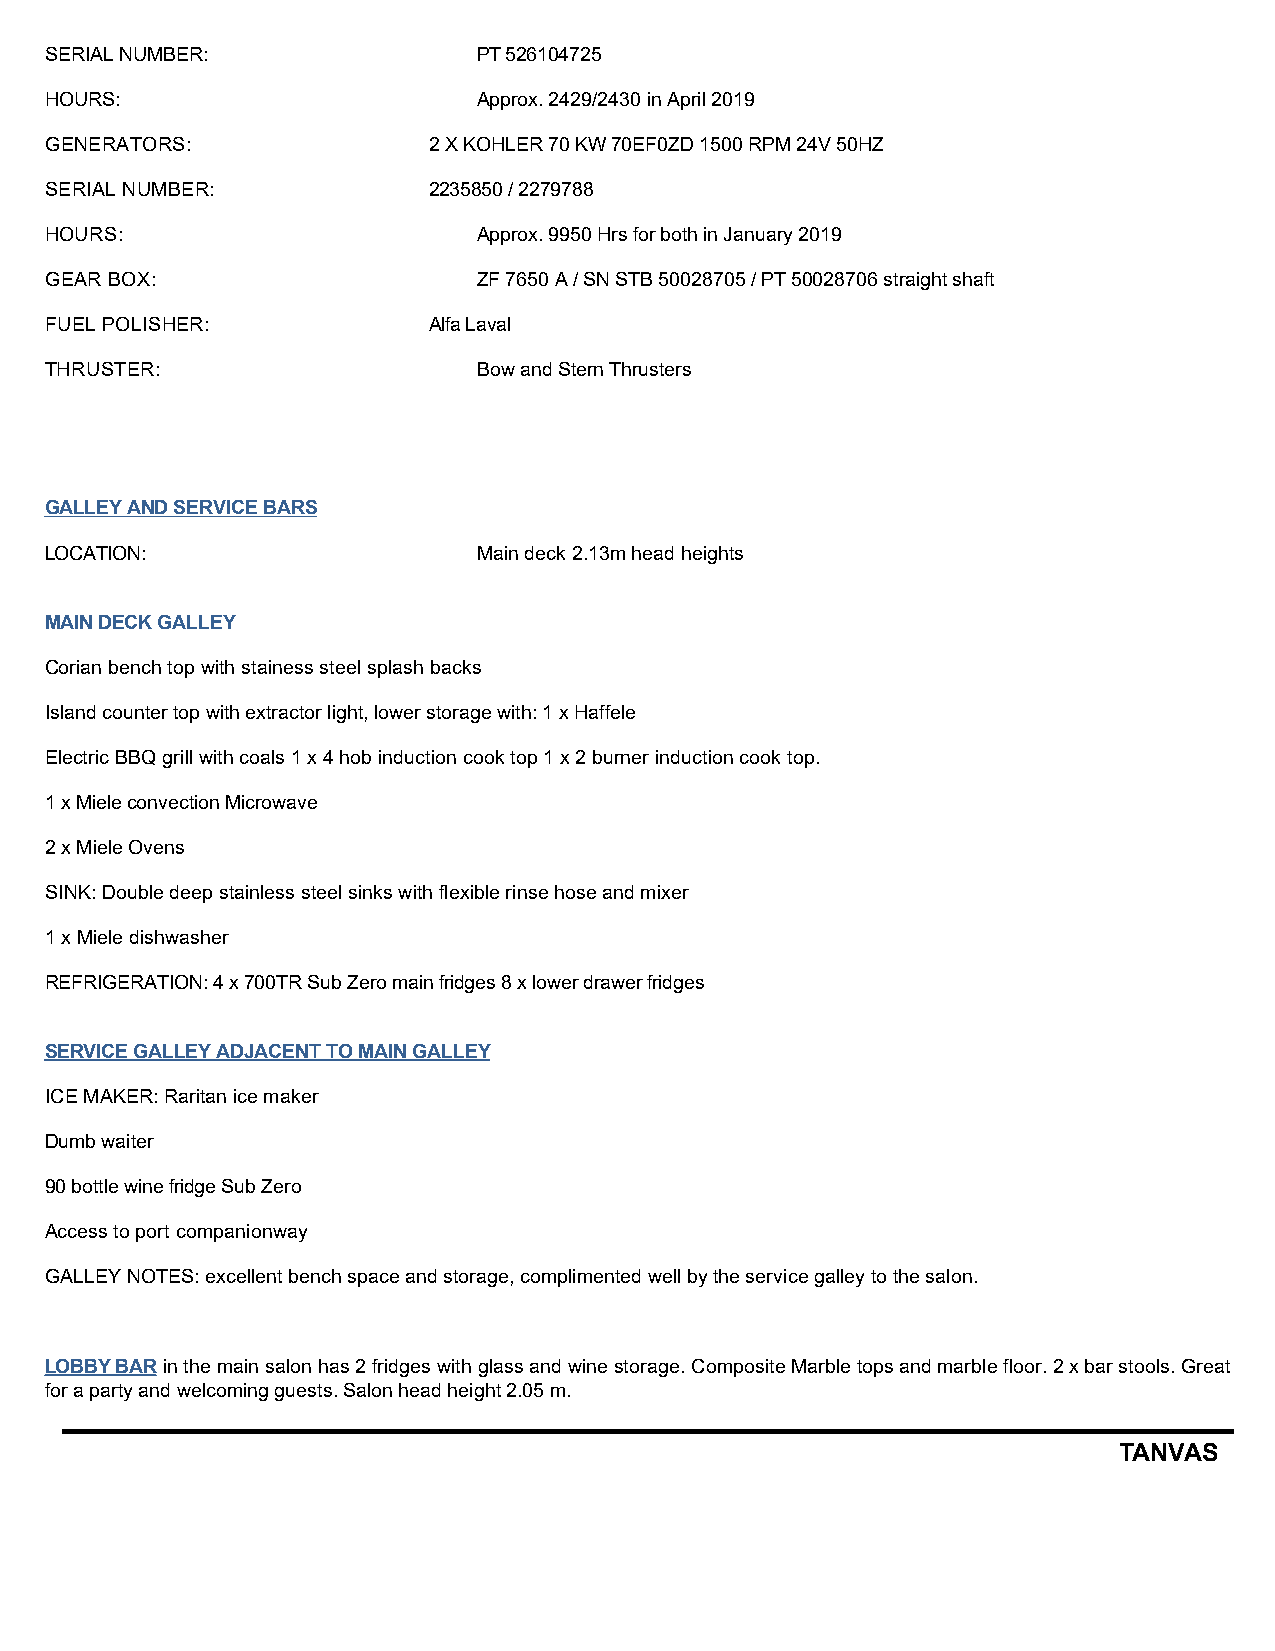
SERIAL NUMBER:               PT 526104725
 HOURS:                       Approx. 2429/2430 in April 2019
 GENERATORS:              2 X KOHLER 70 KW 70EF0ZD 1500 RPM 24V 50HZ
 SERIAL NUMBER:           2235850 / 2279788
 HOURS:                       Approx. 9950 Hrs for both in January 2019
 GEAR BOX:                    ZF 7650 A / SN STB 50028705 / PT 50028706 straight shaft
 FUEL POLISHER:           Alfa Laval
 THRUSTER:                    Bow and Stern Thrusters
 GALLEY AND SERVICE BARS
 LOCATION:                    Main deck 2.13m head heights
 MAIN DECK GALLEY
 Corian bench top with stainess steel splash backs
 Island counter top with extractor light, lower storage with: 1 x Haffele
 Electric BBQ grill with coals 1 x 4 hob induction cook top 1 x 2 burner induction cook top.
 1 x Miele convection Microwave
 2 x Miele Ovens
 SINK: Double deep stainless steel sinks with flexible rinse hose and mixer
 1 x Miele dishwasher
 REFRIGERATION: 4 x 700TR Sub Zero main fridges 8 x lower drawer fridges
 SERVICE GALLEY ADJACENT TO MAIN GALLEY
 ICE MAKER: Raritan ice maker
 Dumb waiter
 90 bottle wine fridge Sub Zero
 Access to port companionway
 GALLEY NOTES: excellent bench space and storage, complimented well by the service galley to the salon.
 LOBBY BAR in the main salon has 2 fridges with glass and wine storage. Composite Marble tops and marble floor. 2 x bar stools. Great
 for a party and welcoming guests. Salon head height 2.05 m.
 TANVAS